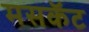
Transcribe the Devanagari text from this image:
मसकॅट